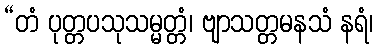
“တံ ပုတ္တပသုသမ္မတ္တံ၊ ဗျာသတ္တမနသံ နရံ၊